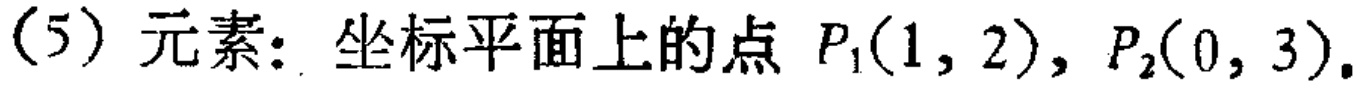
（5）元素：坐标平面上的点 \(P_1(1,2),P_2(0,3)\)。